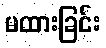
မထားခြင်း